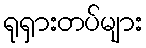
ရုရှားတပ်များ